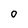
Character: 0